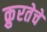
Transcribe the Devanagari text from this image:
क्रुरतेचे